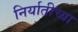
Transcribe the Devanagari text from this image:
निर्यातीच्या